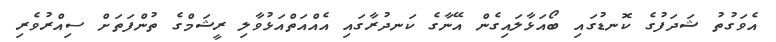
އެވަގުތު ޝަދަފުގެ ކޮނޑުގައި ބޯއަޅާލައިގެން އޭނާގެ ކަނދުރާގައި އެއްއަތްއަޅުވާލި ރީޝަމްގެ ތުންފަތަށް ސިއްރުވެރި